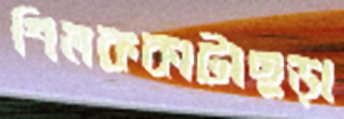
শিলককাটাছড়া